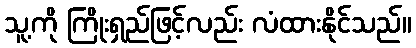
သူ့ကို ကြိုးရှည်ဖြင့်လည်း လံထားနိုင်သည်။